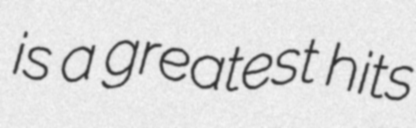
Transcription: is a greatest hits